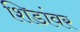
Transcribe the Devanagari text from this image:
शिडांवर